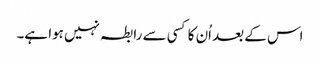
اس کے بعد اُن کا کسی سے رابطہ نہیں ہوا ہے۔